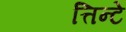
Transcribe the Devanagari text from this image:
त्तिन्टे